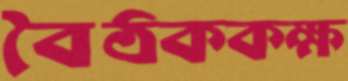
বৈঠককক্ষ